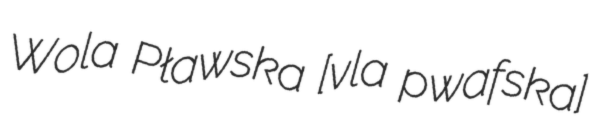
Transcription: Wola Pławska [ˈvɔla ˈpwafska]